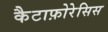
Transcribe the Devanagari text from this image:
कैटाफ़ोरेसिस